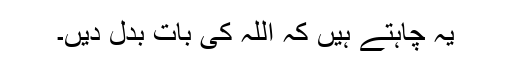
یہ چاہتے ہیں کہ اللہ کی بات بدل دیں۔